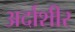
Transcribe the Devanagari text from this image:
अर्दाशीर